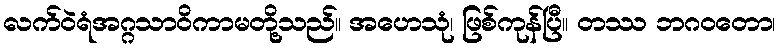
လက်ဝဲရံအဂ္ဂသာဝိကာမတို့သည်။ အဟေသုံ၊ ဖြစ်ကုန်ပြီ။ တဿ ဘဂဝတော၊